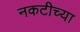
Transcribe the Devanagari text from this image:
नकटीच्या